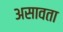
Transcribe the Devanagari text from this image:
असावता